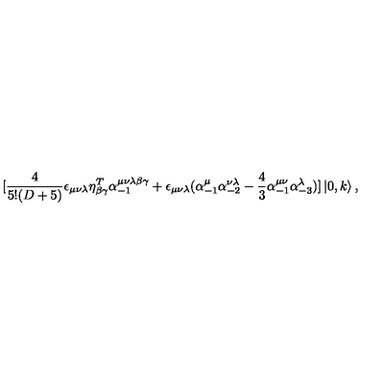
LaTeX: \lbrack \frac { 4 } { 5 ! ( D + 5 ) } \epsilon _ { \mu \nu \lambda } \eta _ { \beta \gamma } ^ { T } \alpha _ { - 1 } ^ { \mu \nu \lambda \beta \gamma } + \epsilon _ { \mu \nu \lambda } ( \alpha _ { - 1 } ^ { \mu } \alpha _ { - 2 } ^ { \nu \lambda } - \frac { 4 } { 3 } \alpha _ { - 1 } ^ { \mu \nu } \alpha _ { - 3 } ^ { \lambda } ) ] \left\vert 0 , k \right\rangle ,